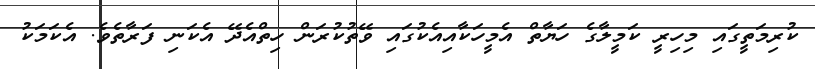
ކުރިމަތީގައި މިހިރީ ކަމީލާގެ ހަޔާތް އެމީހަކާއިއެކުގައި ވޭތުކުރަން ހިތްއެދޭ އެކަނި ފަރާތެވެ. އެކަމަކު